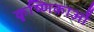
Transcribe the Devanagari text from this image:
कृष्णिकाओं